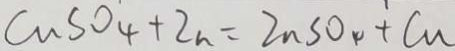
C u S O _ { 4 } + Z n = Z n S O _ { 4 } + C u